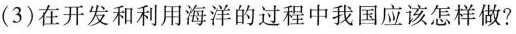
(3)在开发和利用海洋的过程中我国应该怎样做?